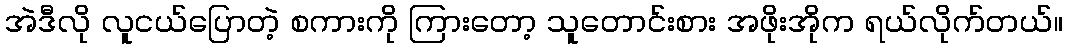
အဲဒီလို လူငယ်ပြောတဲ့ စကားကို ကြားတော့ သူတောင်းစား အဖိုးအိုက ရယ်လိုက်တယ်။